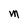
Character: M